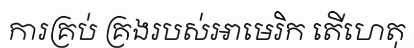
ការគ្រប់ គ្រងរបស់អាមេរិក តើហេតុ